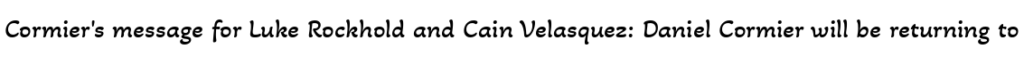
Cormier's message for Luke Rockhold and Cain Velasquez: Daniel Cormier will be returning to